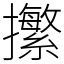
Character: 㩯